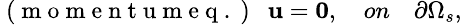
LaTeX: \small\mathrm{~(~m~o~m~e~n~t~u~m~e~q~.~)~}\ \ \textbf{u}=\textbf{0},\quad on\quad\partial\Omega_{s},